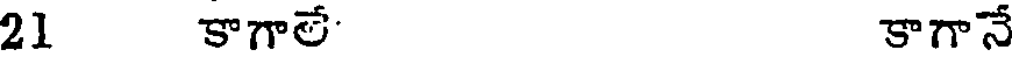
21 కాగాలే' కాగానే